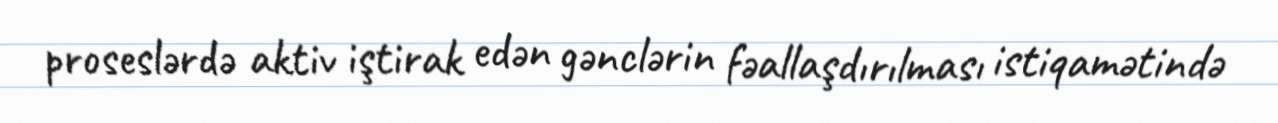
proseslərdə aktiv iştirak edən gənclərin fəallaşdırılması istiqamətində